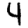
Digit: 4